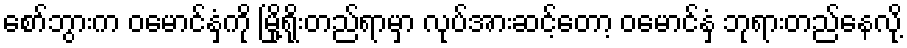
စော်ဘွားက ဝမောင်နှံကို မြို့ရိုးတည်ရာမှာ လုပ်အားဆင့်တော့ ဝမောင်နှံ ဘုရားတည်နေလို့